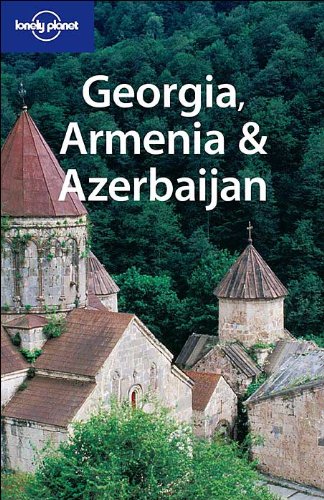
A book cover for Georgia, Armenia & Azerbaijan (Lonely Planet Travel Guides); Richard Plunkett; Travel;